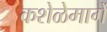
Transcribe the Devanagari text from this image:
कशेळेमार्गे